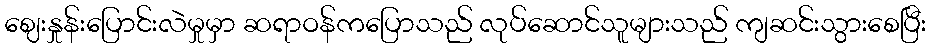
ဈေးနှုန်းပြောင်းလဲမှုမှာ ဆရာဝန်ကပြောသည် လုပ်ဆောင်သူများသည် ကျဆင်းသွားစေပြီး